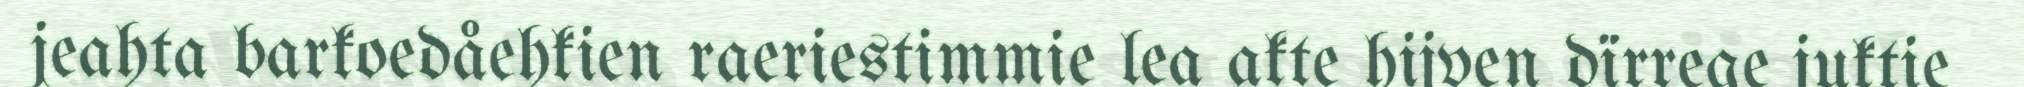
jeahta barkoedåehkien raeriestimmie lea akte hijven dïrrege juktie